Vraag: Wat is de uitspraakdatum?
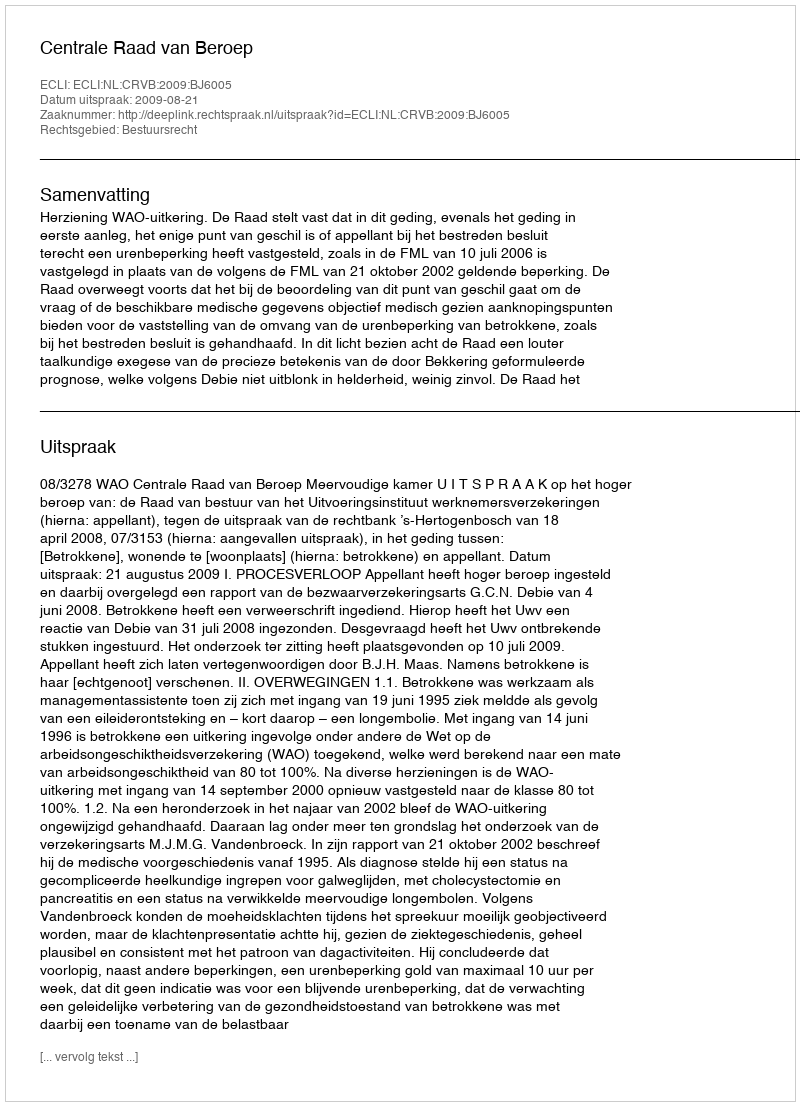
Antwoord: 2009-08-21